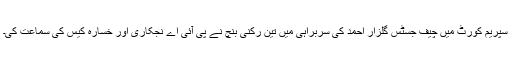
سپریم کورٹ میں چیف جسٹس گلزار احمد کی سربراہی میں تین رکنی بنچ نے پی آئی اے نجکاری اور خسارہ کیس کی سماعت کی۔